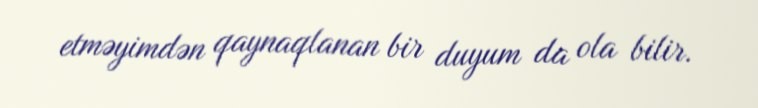
etməyimdən qaynaqlanan bir duyum da ola bilir.